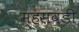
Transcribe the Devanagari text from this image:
म्हसवंडी